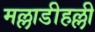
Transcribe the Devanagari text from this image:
मल्लाडीहल्ली